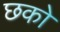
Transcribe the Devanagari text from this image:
छको